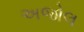
અજોલ